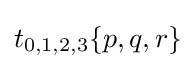
t_{0,1,2,3}\{p,q,r\}